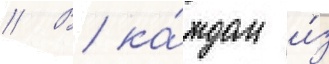
// В ка́ждом и́з